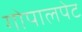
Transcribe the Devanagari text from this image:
गोपालपेट